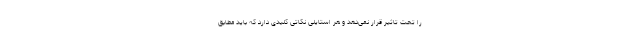
را تحت تاثیر قرار نمی‌دهد و هر استایلی نکاتی کلیدی دارد که باید مطابق